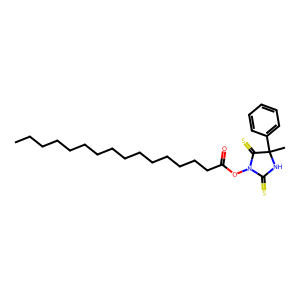
SMILES: CCCCCCCCCCCCCCCC(=O)ON1C(=S)NC(C)(c2ccccc2)C1=S
Inhibits HIV replication: No